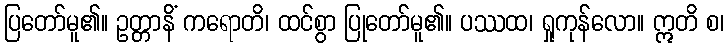
ပြတော်မူ၏။ ဥတ္တာနိံ ကရောတိ၊ ထင်စွာ ပြုတော်မူ၏။ ပဿထ၊ ရှုကုန်လော။ ဣတိ စ၊